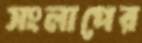
সংলাপের